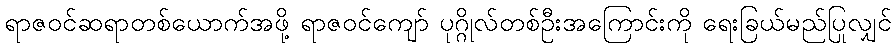
ရာဇဝင်ဆရာတစ်ယောက်အဖို့ ရာဇဝင်ကျော် ပုဂ္ဂိုလ်တစ်ဦးအကြောင်းကို ရေးခြယ်မည်ပြုလျှင်